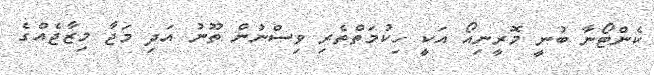
ކެންޓޯނާ ބުނީ މޮރީނިއޯ އަކީ ހިކުމަތްތެރި ވިސްނުން ތޫނު އަދި މަޖާ މިޒާޖެއްގެ